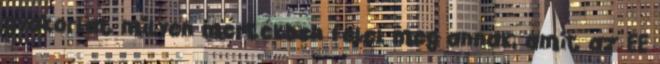
gyakorlat milyen mértékben felel meg annak, amit az EE